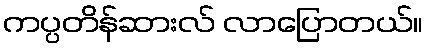
ကပ္ပတိန်ဆားလ် လာပြောတယ်။